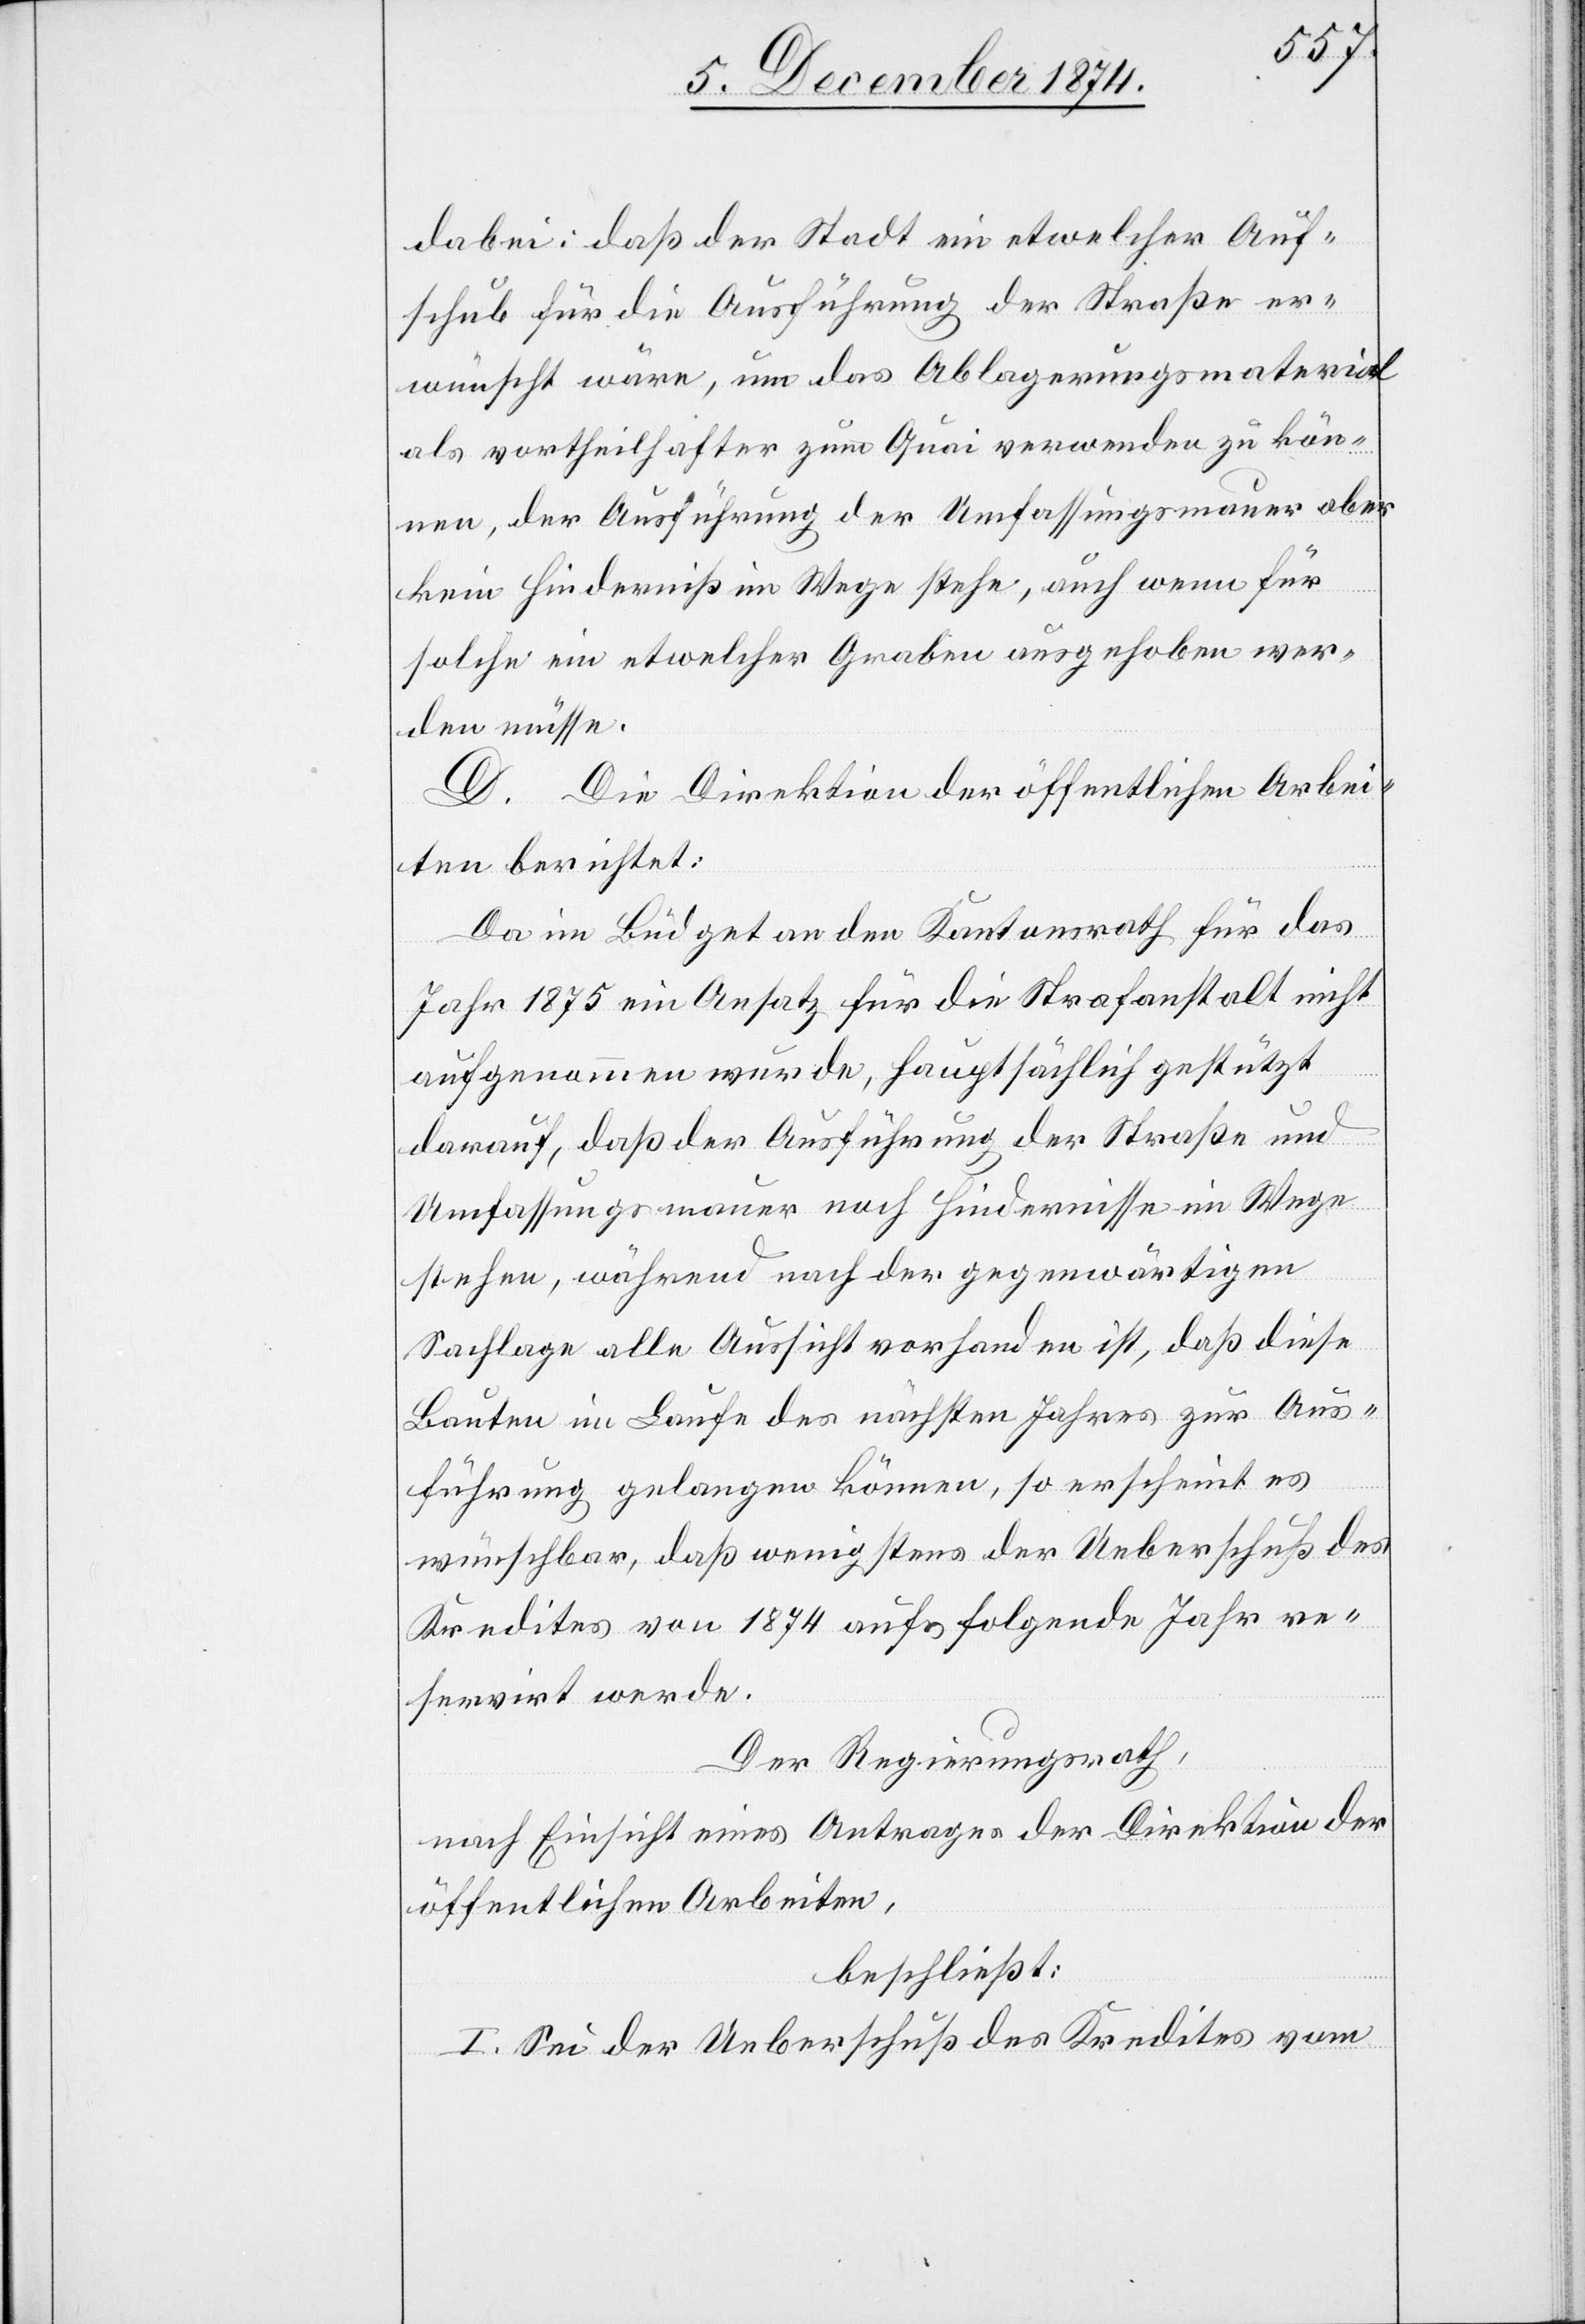
dabei: daß der Stadt ein etwelcher Auf¬
schub für die Ausführung der Straße er¬
wünscht wäre, um das Ablagerungsmaterial
als vortheilhafter zum Quai verwenden zu kön¬
nen, der Ausführung der Umfassungsmauer aber
kein Hinderniß im Wege stehe, auch wenn für
solche ein etwelcher Graben ausgehoben wer¬
den müsse.
D. Die Direktion der öffentlichen Arbei¬
ten berichtet:
Da im Büdget an den Kantonsrath für das
Jahr 1875 ein Ansatz für die Strafanstalt nicht
aufgenommen wurde, hauptsächlich gestützt
darauf, daß der Ausführung der Straße und
Umfassungsmauer noch Hindernisse im Wege
stehen, während nach der gegenwärtigen
Sachlage alle Aussicht vorhanden ist, daß diese
Bauten im Laufe des nächsten Jahres zur Aus¬
führung gelangen können, so erscheint es
wünschbar, daß wenigstens der Ueberschuß des
Kredites von 1874 aufs folgende Jahr re¬
servirt werde.
Der Regierungsrath,
nach Einsicht eines Antrages der Direktion der
öffentlichen Arbeiten,
beschließt:
I. Sei der Ueberschuß des Kredites vom